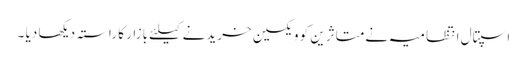
اسپتال انتظامیہ نےمتاثرین کو ویکسین خریدنے کیلئے بازار کا راستہ دیکھا دیا ۔